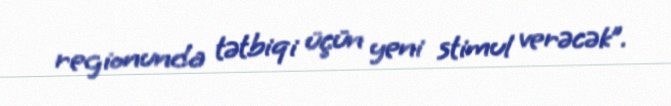
regionunda tətbiqi üçün yeni stimul verəcək”.